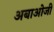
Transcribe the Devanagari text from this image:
अबाओजी